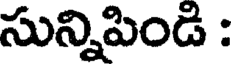
సున్నిపిండి :